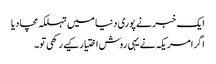
ایک خبر نے پوری دنیا میں تہلکہ مچا دیا
اگرامریکہ نے یہی روش اختیار کیے رکھی تو۔